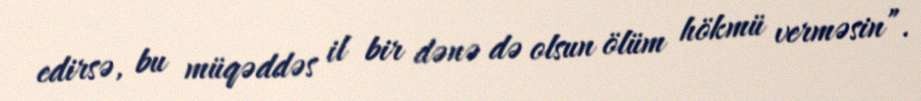
edirsə, bu müqəddəs il bir dənə də olsun ölüm hökmü verməsin”.